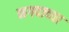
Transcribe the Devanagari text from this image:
नगदाच्या